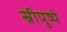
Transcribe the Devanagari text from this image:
स्रीपुष्पे